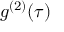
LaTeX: g ^ { ( 2 ) } ( \tau )